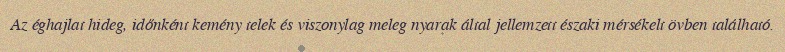
Az éghajlat hideg, időnként kemény telek és viszonylag meleg nyarak által jellemzett északi mérsékelt övben található.